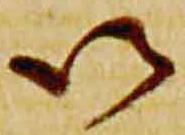
以